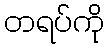
တရပ်ကို